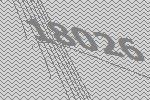
18026